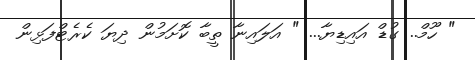
" ހޫމް.. ގުޑް އައިޑިޔާ... " އަލައިނާ ތީބާ ކޮށަމުން ދިޔަ ކެރެޓްފަޅިން